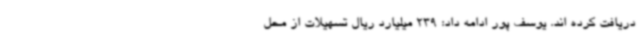
دریافت کرده اند. یوسف پور ادامه داد: 239 میلیارد ریال تسهیلات از محل